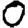
Digit: 0